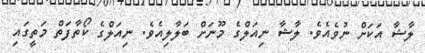
ލާޝާ އަކަށް ނުވެއެވެ. ލާޝާ ނިއަލްގެ މޫނަށް ބަލާލިއެވެ. ނިއަލްގެ ކޯތާފަތް މަތީގައި